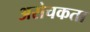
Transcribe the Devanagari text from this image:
अरोचकता